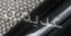
عديمة